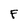
Character: F